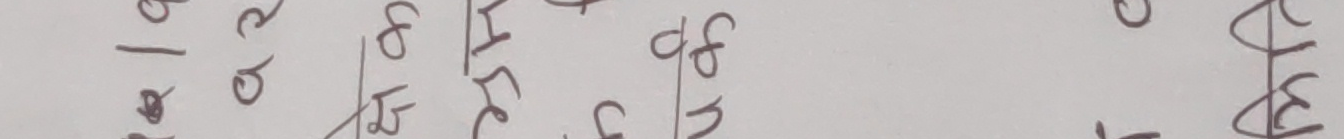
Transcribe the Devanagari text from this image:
१२/५/८०५/५